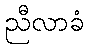
ညီလာခံ